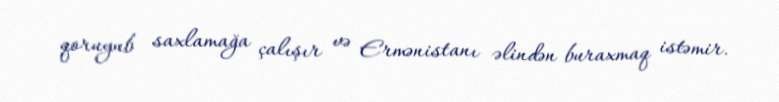
qoruyub saxlamağa çalışır və Ermənistanı əlindən buraxmaq istəmir.